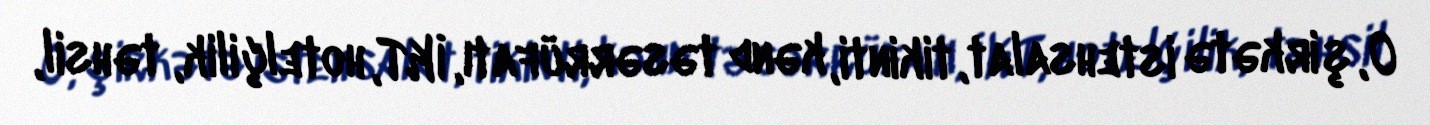
O, şirkətə istehsalat, tikinti, kənd təsərrüfatı, İKT, hotelçilik, təhsil,